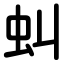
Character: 虯